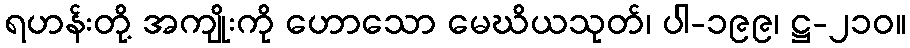
ရဟန်းတို့ အကျိုးကို ဟောသော မေဃိယသုတ်၊ ပါ-၁၉၉၊ ဋ္ဌ-၂၁၀။